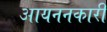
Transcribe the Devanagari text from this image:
आयननकारी